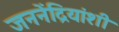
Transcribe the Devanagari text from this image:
जननेंद्रियांशी